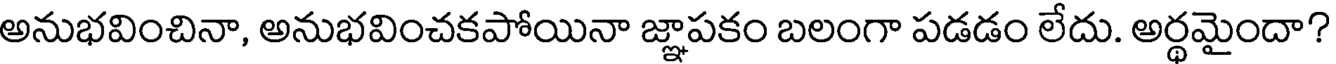
అనుభవించినా, అనుభవించకపోయినా జ్ఞాపకం బలంగా పడడం లేదు. అర్థమైందా?